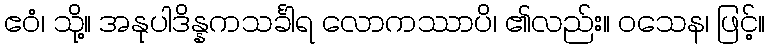
ဧဝံ၊ သို့။ အနုပါဒိန္နကသင်္ခါရ လောကဿာပိ၊ ၏လည်း။ ဝသေန၊ ဖြင့်။